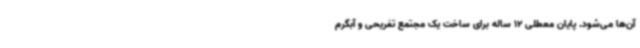
آن‌ها می‌شود. پایان معطلی 12 ساله برای ساخت یک مجتمع تفریحی و آبگرم